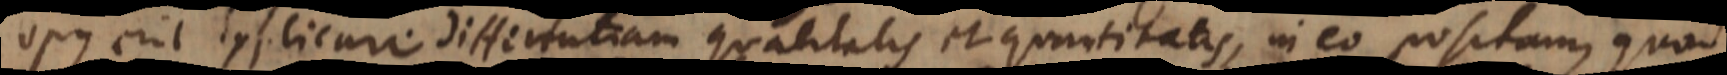
Opus erit explicari differentiam qualitatis et quantitatis, in eo positam, quod